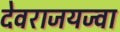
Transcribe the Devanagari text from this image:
देवराजयज्वा